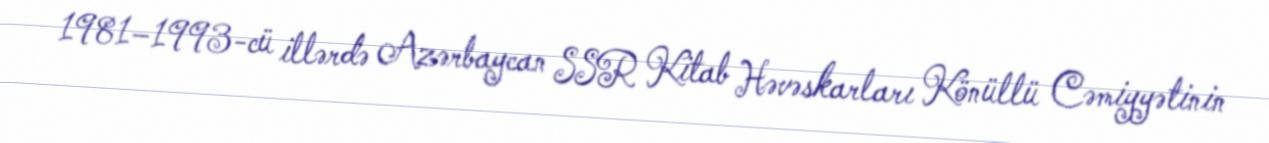
1981–1993-cü illərdə Azərbaycan SSR Kitab Həvəskarları Könüllü Cəmiyyətinin